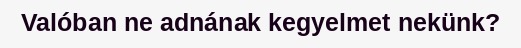
Valóban ne adnának kegyelmet nekünk?